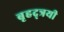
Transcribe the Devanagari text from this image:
बृहद्त्रयी